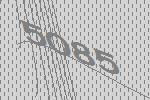
5085